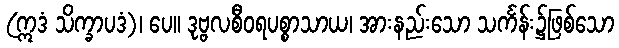
(ဣဒံ သိက္ခာပဒံ)၊ ပေ။ ဒုဗ္ဗလစီဝရပစ္စာသာယ၊ အားနည်းသော သင်္ကန်း၌ဖြစ်သော